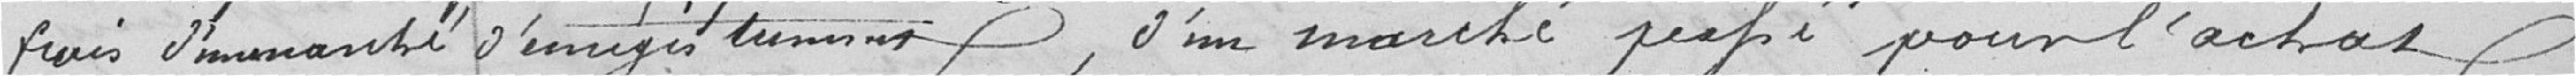
frais d'un marché d'enregistrement, d'un marché passé pour l'achat